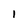
Character: 1